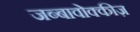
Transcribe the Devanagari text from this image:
जब्बावोक्कीज़